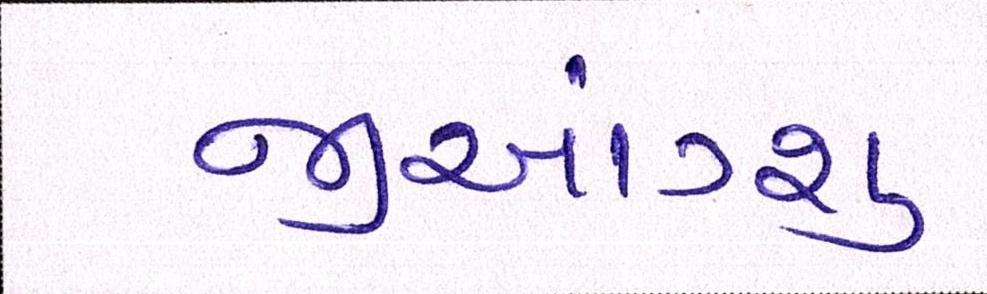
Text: જીઆંગ્શુ